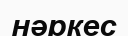
нәркес